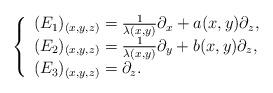
LaTeX: \begin{align*}\left\{\begin{array}{l}(E_1)_{(x,y,z)}=\tfrac{1}{\lambda(x,y)}\partial_x+a(x,y)\partial_z,\\(E_2)_{(x,y,z)}=\tfrac{1}{\lambda(x,y)}\partial_y+b(x,y)\partial_z,\\(E_3)_{(x,y,z)}=\partial_z.\end{array}\right.\end{align*}